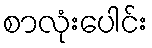
စာလုံးပေါင်း